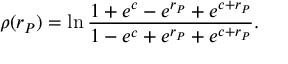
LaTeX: \rho ( r _ { P } ) = \ln \frac { 1 + e ^ { c } - e ^ { r _ { P } } + e ^ { c + r _ { P } } } { 1 - e ^ { c } + e ^ { r _ { P } } + e ^ { c + r _ { P } } } .